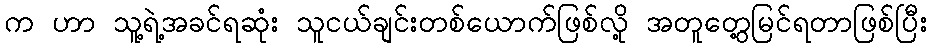
က ဟာ သူ့ရဲ့အခင်ရဆုံး သူငယ်ချင်းတစ်ယောက်ဖြစ်လို့ အတူတွေ့မြင်ရတာဖြစ်ပြီး